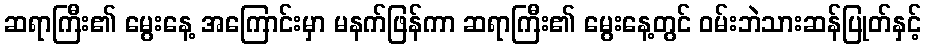
ဆရာကြီး၏ မွေးနေ့ အကြောင်းမှာ မနက်ဖြန်ကာ ဆရာကြီး၏ မွေးနေ့တွင် ဝမ်းဘဲသားဆန်ပြုတ်နှင့်